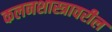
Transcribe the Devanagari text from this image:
कलनशास्त्रावरील